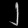
Digit: ၂